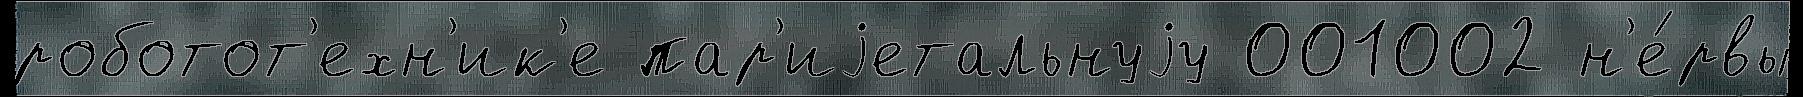
роботот'ехн'ик'е пар'иjетальнуjу 001002 н'е́рвы